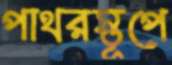
পাথরস্তূপে